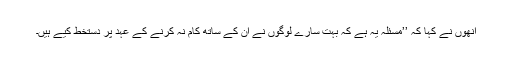
اُنھوں نے کہا کہ ’’مسئلہ یہ ہے کہ بہت سارے لوگوں نے اُن کے ساتھ کام نہ کرنے کے عہد پر دستخط کیے ہیں۔